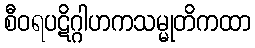
စီဝရပဋိဂ္ဂါဟကသမ္မုတိကထာ